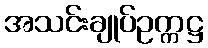
အသင်းချုပ်ဥက္ကဋ္ဌ